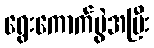
ရွေးကောက်ပွဲအပြီး